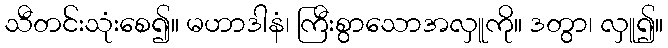
သီတင်းသုံးစေ၍။ မဟာဒါနံ၊ ကြီးစွာသောအလှူကို။ ဒတွာ၊ လှူ၍။